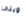
ويلى